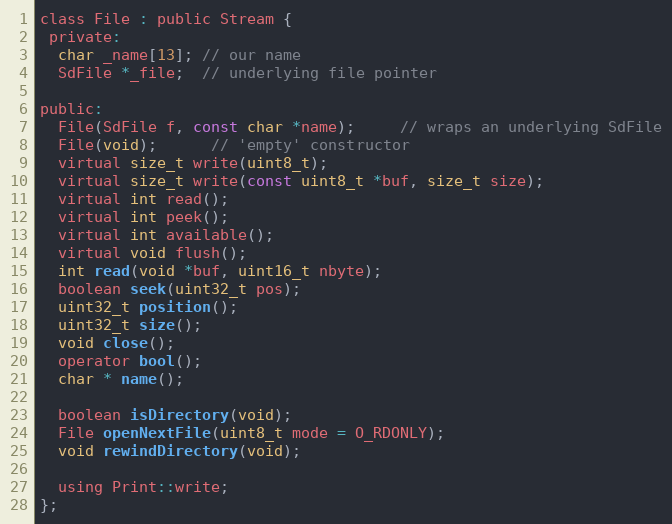
Language: C
class File : public Stream {
 private:
  char _name[13]; // our name
  SdFile *_file;  // underlying file pointer

public:
  File(SdFile f, const char *name);     // wraps an underlying SdFile
  File(void);      // 'empty' constructor
  virtual size_t write(uint8_t);
  virtual size_t write(const uint8_t *buf, size_t size);
  virtual int read();
  virtual int peek();
  virtual int available();
  virtual void flush();
  int read(void *buf, uint16_t nbyte);
  boolean seek(uint32_t pos);
  uint32_t position();
  uint32_t size();
  void close();
  operator bool();
  char * name();

  boolean isDirectory(void);
  File openNextFile(uint8_t mode = O_RDONLY);
  void rewindDirectory(void);

  using Print::write;
};